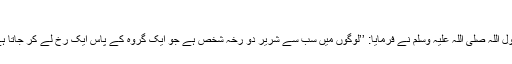
الطہارہ باب الدلیل علی نجاسۃ البول 292)
ابوہریرہ رضی اللہ عنہ سے روایت ہے رسول اللہ صلی اللہ علیہ وسلم نے فرمایا: ’’لوگوں میں سب سے شریر دو رخہ شخص ہے جو ایک گروہ کے پاس ایک رخ لے کر جاتا ہے اور دوسرے گروہ کے پاس دوسرا رخ‘‘۔